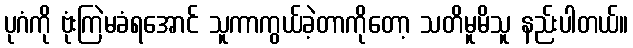
ပုဂံကို ဗုံးကြဲမခံရအောင် သူကာကွယ်ခဲ့တာကိုတော့ သတိမူမိသူ နည်းပါတယ်။